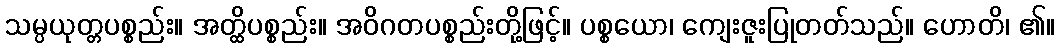
သမ္ပယုတ္တပစ္စည်း။ အတ္ထိပစ္စည်း။ အဝိဂတပစ္စည်းတို့ဖြင့်။ ပစ္စယော၊ ကျေးဇူးပြုတတ်သည်။ ဟောတိ၊ ၏။